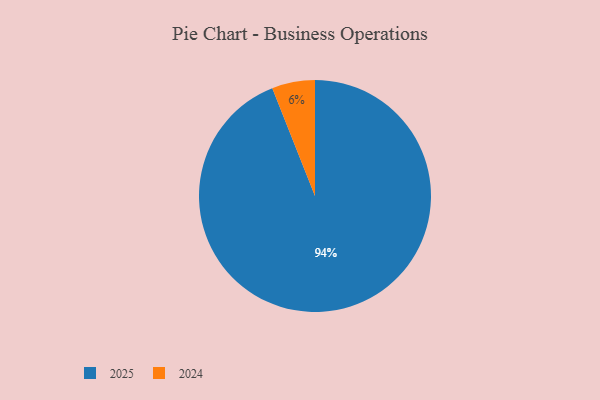
{"axis": {"x": "Category", "y": "Percentage"}, "legend": ["2024", "2025"], "data": [{"x": "2024", "y": 6, "type": "2024"}, {"x": "2025", "y": 94, "type": "2025"}]}